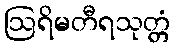
ဩရိမတီရသုတ္တံ